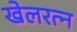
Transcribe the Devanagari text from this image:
खेलरत्‍न